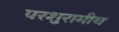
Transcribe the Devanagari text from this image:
परशुरामीय